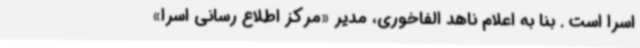
اسرا است . بنا به اعلام ناهد الفاخوری، مدیر «مرکز اطلاع رسانی اسرا»